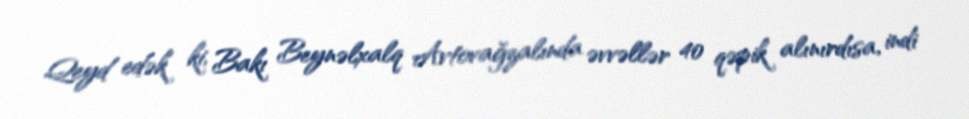
Qeyd edək ki, Bakı Beynəlxalq Avtovağzalında əvvəllər 40 qəpik alınırdısa, indi